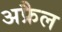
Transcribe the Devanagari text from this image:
अफ्रैल